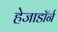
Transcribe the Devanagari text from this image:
हेजाडॉर्न